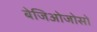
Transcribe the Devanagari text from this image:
बेजिओजोसो